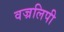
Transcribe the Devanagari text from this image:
वज्रलिपी